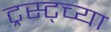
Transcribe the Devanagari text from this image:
ट्रस्ट्च्या